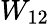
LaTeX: W_{12}